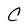
Character: C